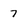
Character: 7